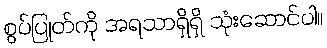
စွပ်ပြုတ်ကို အရသာရှိရှိ သုံးဆောင်ပါ။